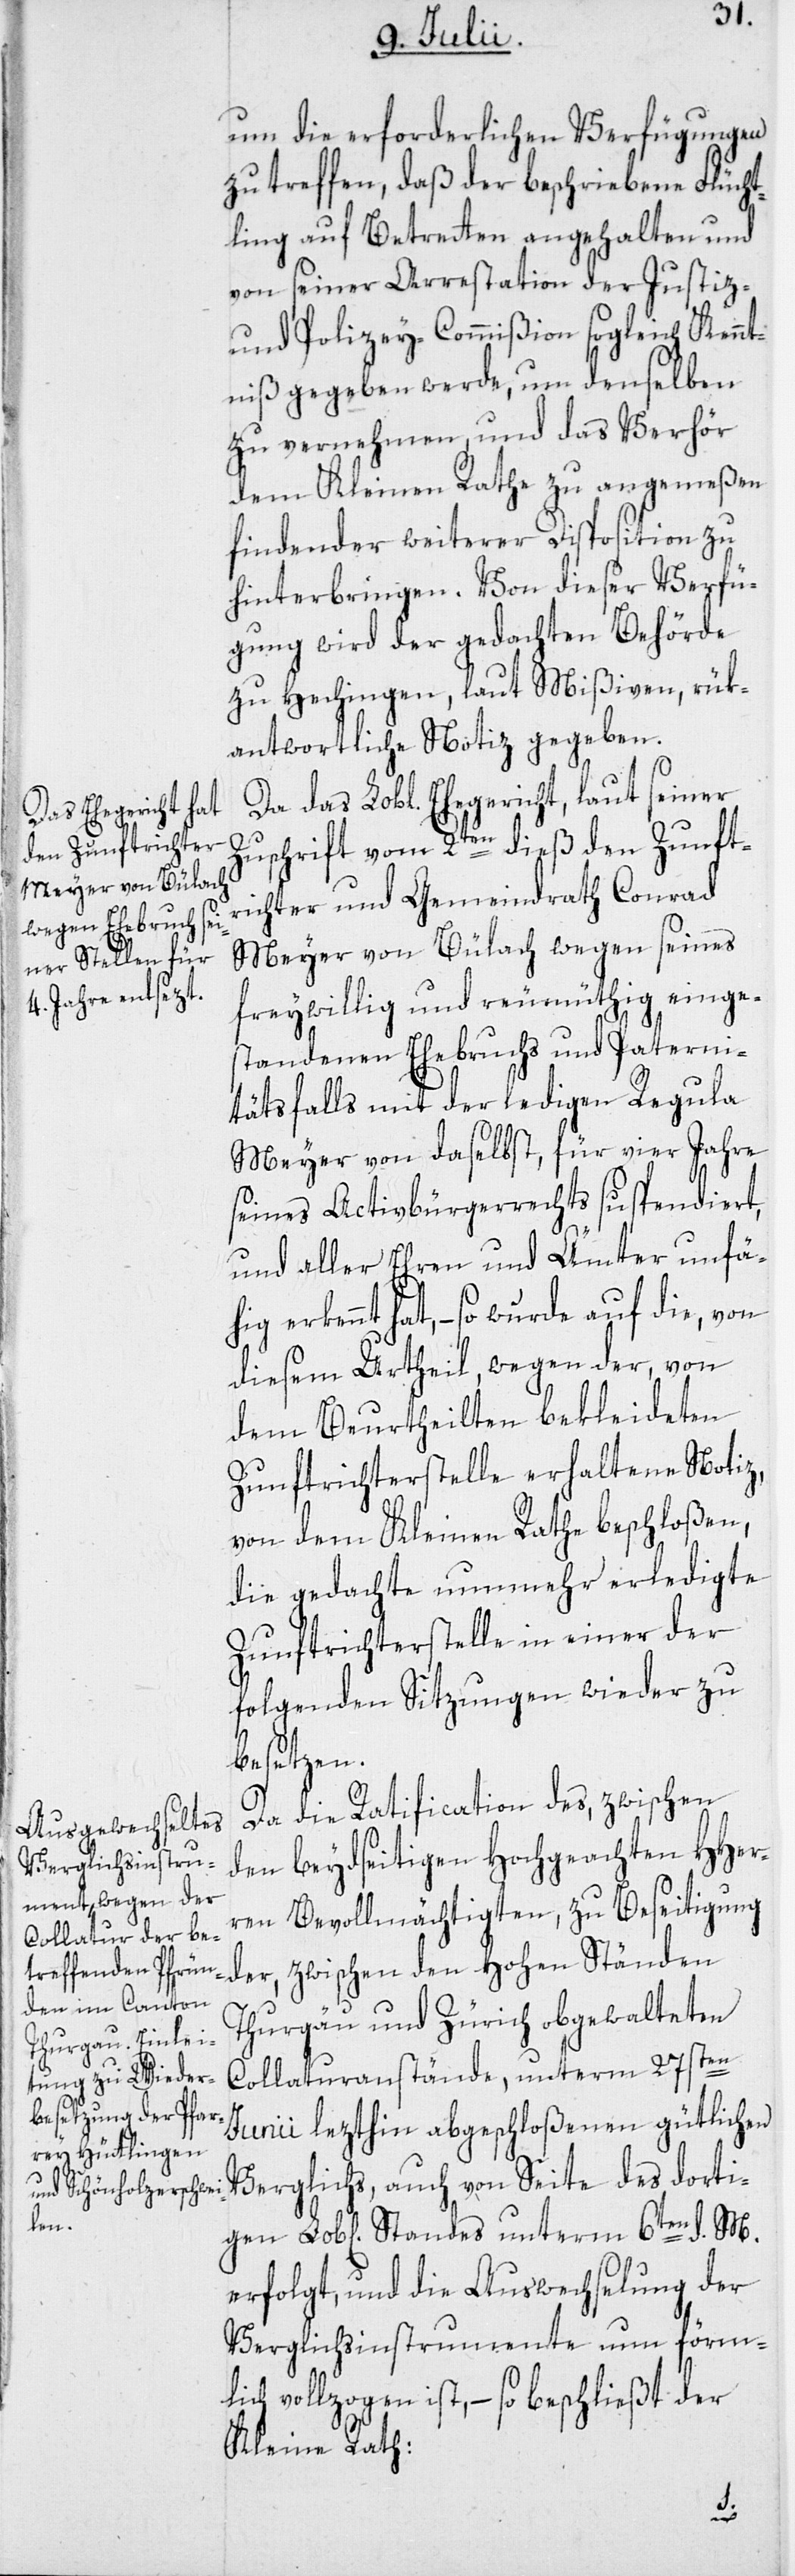
gen

um die erforderlichen Verfügungen
zu treffen, daß der beschriebene Flücht¬
ling auf Betretten angehalten und
von seiner Arrestation der Justiz-
und Polizey-Commißion sogleich Kennt¬
niß gegeben werde, um denselben
zu vernehmen, und das Verhör
dem Kleinen Rathe zu angemeßen
findender weiterer Disposition zu
ügung wird der gedachten Behörde
zu Hechingen, laut Mißiven, rük¬
antwortliche Notiz gegeben.
Da das Lobl. Ehegericht, laut seiner
Zuschrift vom 2ten dieß den Zunftr¬
ichter und Gemeindrath Conrad
Meyer von Bülach wegen seines
freywillig und reumüthig einge¬
standenen Ehebruchs und Paterni¬
tätsfalls mit der ledigen Regula
Meyer von daselbst, für vier Jahre
seines Activbürgerrechts suspendiert,
und aller Ehren und Ämter unfäh¬
ig erkennt hat, – so wurde auf die, von
diesem Urtheil, wegen der, von
dem Beurtheilten bekleideten
Zunftrichterstelle erhaltene Notiz,
von dem Kleinen Rathe beschloßen,
die gedachte nunmehr erledigte
Zunftrichterstelle in einer der
folgenden Sitzungen wieder zu
besetzen.
Da die Ratification des, zwischen
den beydseitigen Hochgeachten HHer¬
ren Bevollmächtigten, zu Beseitigung
der, zwischen den Hohen Ständen
Thurgäu und Zürich obgewalteten
Collaturanstände, unterm 27sten
Junii lezthin abgeschloßenen gütlichen
Verglichs, auch von Seite des dorti¬
erfolgt, und die Auswechselung der
Verglichsinstrumente nun förm¬
lich vollzogen ist, – so beschließt der
Kleine Rath:
M.